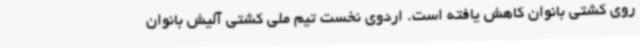
روی کشتی بانوان کاهش یافته است. اردوی نخست تیم ملی کشتی آلیش بانوان